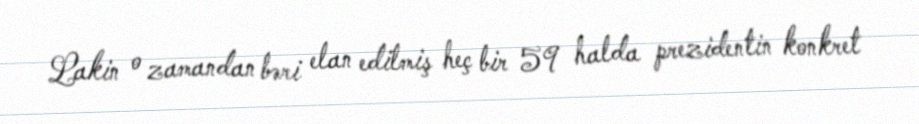
Lakin o zamandan bəri elan edilmiş heç bir 59 halda prezidentin konkret